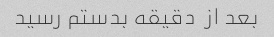
بعد از  دقیقه بدستم رسید